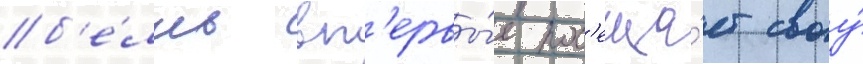
б'е́лль вп'ервы́е пос'еща́ет своу́